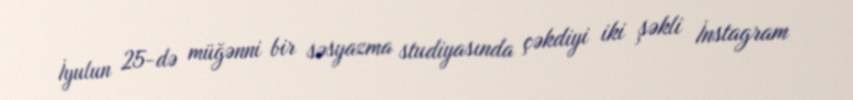
İyulun 25-də müğənni bir səsyazma studiyasında çəkdiyi iki şəkli İnstagram